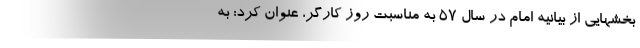
بخشهایی از بیانیه امام در سال 57 به مناسبت روز کارگر، عنوان کرد: به